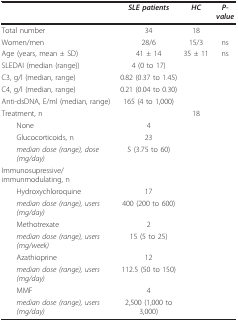
|  | SLE patients | HC | P-value |
 | --- | --- | --- | --- |
 | Total number | 34 | 18 |  |
 | Women/men | 28/6 | 15/3 | ns |
 | Age (years, mean ± SD) | 41 ± 14 | 35 ± 11 | ns |
 | SLEDAI (median (range)) | 4 (0 to 17) |  |  |
 | C3, g/l (median, range) | 0.82 (0.37 to 1.45) |  |  |
 | C4, g/l (median, range) | 0.21 (0.04 to 0.30) |  |  |
 | Anti-dsDNA, E/ml (median, range) | 165 (4 to 1,000) |  |  |
 | Treatment, n |  | 18 |  |
 | None | 4 |  |  |
 | Glucocorticoids, n | 23 |  |  |
 | median dose (range), dose (mg/day) | 5 (3.75 to 60) |  |  |
 | Immunosupressive/immunmodulating, n |  |  |  |
 | Hydroxychloroquine | 17 |  |  |
 | median dose (range), users (mg/day) | 400 (200 to 600) |  |  |
 | Methotrexate | 2 |  |  |
 | median dose (range), users (mg/week) | 15 (5 to 25) |  |  |
 | Azathioprine | 12 |  |  |
 | median dose (range), users (mg/day) | 112.5 (50 to 150) |  |  |
 | MMF | 4 |  |  |
 | median dose (range), users (mg/day) | 2,500 (1,000 to 3,000) |  |  |